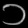
Digit: ၁